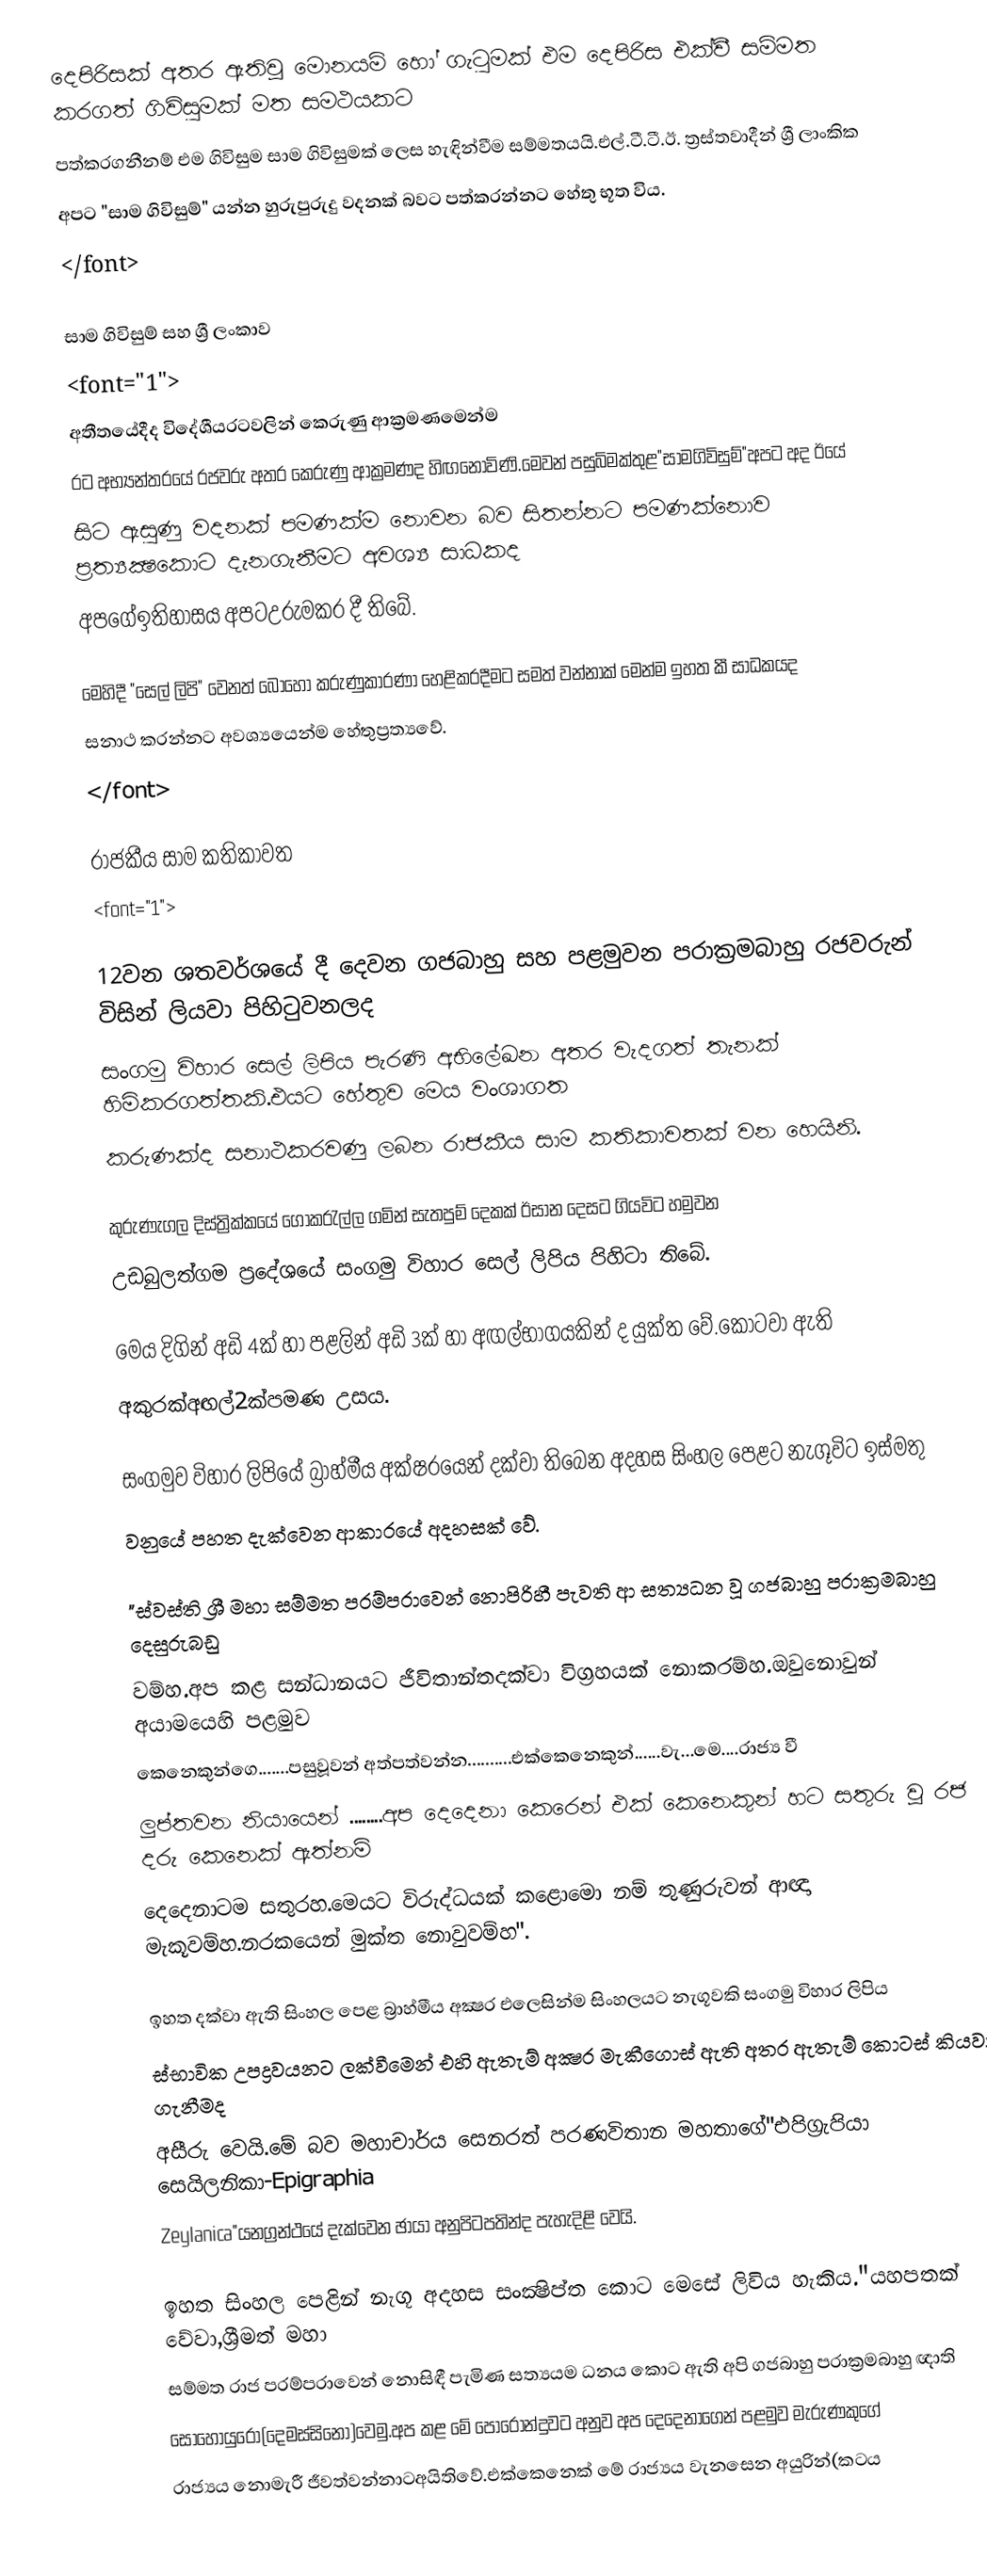
දෙපිරිසක් අතර ඇතිවූ මොනයම් හෝ ගැටුමක් එම දෙපිරිස එක්වී සම්මත කරගත් ගිවිසුමක් මත සමථයකට
පත්කරගනීනම් එම ගිවිසුම සාම ගිවිසුමක් ලෙස හැඳින්වීම සම්මතයයි.එල්.ටී.ටී.ඊ. ත්‍රස්තවාදීන් ශ්‍රී ලාංකික
අපට "සාම ගිවිසුම්" යන්න හුරුපුරුදු  වදනක් බවට පත්කරන්නට හේතු භූත විය.
</font>

සාම ගිවිසුම් සහ ශ්‍රී ලංකාව
<font="1">
අතීතයේදීද විදේශීයරටවලින් කෙරුණු ආක්‍රමණමෙන්ම
රට අභ්‍යන්තරයේ රජවරු අතර කෙරුණු ආක්‍රමණද හිඟනොවිණි.මෙවන් පසුබිමක්තුළ"සාමගිවිසුම්"අපට අද ඊයේ
සිට ඇසුණු වදනක් පමණක්ම නොවන බව සිතන්නට පමණක්නොව ප්‍රත්‍යක්‍ෂකොට දැනගැනීමට අවශ්‍ය සාධකද
අපගේඉතිහාසය අපටඋරුමකර දී තිබේ.

මෙහිදී "සෙල් ලිපි" වෙනත් බොහෝ කරුණුකාරණා හෙළිකරදීමට සමත්  වන්නාක් මෙන්ම ඉහත කී සාධකයද
සනාථ කරන්නට අවශ්‍යයෙන්ම හේතුප්‍රත්‍යවේ.
</font>

රාජකීය සාම කතිකාවත
<font="1">

12වන ශතවර්ශයේ දී දෙවන ගජබාහු සහ පළමුවන පරාක්‍රමබාහු රජවරුන් විසින් ලියවා පිහිටුවනලද
සංගමු විහාර සෙල් ලිපිය පැරණි අභිලේඛන අතර වැදගත් තැනක් හිමිකරගත්තකි.එයට හේතුව මෙය වංශාගත
කරුණක්ද සනාථකරවණු ලබන රාජකීය සාම කතිකාවතක් වන හෙයිනි.

කුරුණැගල දිස්ත්‍රික්කයේ ගොකරැල්ල ගමින් සැතපුම් දෙකක් ඊසාන දෙසට ගියවිට හමුවන
උඩබුලත්ගම ප්‍රදේශයේ සංගමු විහාර සෙල් ලිපිය පිහිටා තිබේ.

මෙය දිගින් අඩි 4ක් හා පළලින් අඩි 3ක් හා අඟල්භාගයකින් ද යුක්ත වේ.කොටවා ඇති
අකුරක්අඟල්2ක්පමණ උසය.

සංගමුව විහාර ලිපියේ බ්‍රාහ්මීය අක්ෂරයෙන් දක්වා තිබෙන අදහස සිංහල පෙළට නැගූවිට ඉස්මතු
වනුයේ පහත දැක්වෙන ආකාරයේ අදහසක් වේ.

"ස්වස්ති ශ්‍රී මහා සම්මත පරම්පරාවෙන් නොපිරිහී පැවති ආ සත්‍යධන වූ ගජබාහු පරාක්‍රමබාහු දෙසුරුබඩු
වම්හ.අප කළ සන්ධානයට ජීවිතාන්තදක්වා විග්‍රහයක් නොකරම්හ.ඔවුනොවුන් අයාමයෙහි පළමුව
කෙනෙකුන්ගෙ.......පසුවූවන් අත්පත්වන්න..........එක්කෙනෙකුන්......වැ...මෙ....රාජ්‍ය වී
ලුප්තවන නියායෙන් ........අප දෙදෙනා කෙරෙන් එක් කෙනෙකුන් හට සතුරු වූ රජ දරු කෙනෙක් ඇත්නම්
දෙදෙනාටම සතුරහ.මෙයට විරුද්ධයක් කළොමො නම් තුණුරුවන් ආඥා මැකූවම්හ.නරකයෙන් මුක්ත නොවුවම්හ".

ඉහත දක්වා ඇති සිංහල පෙළ බ්‍රාහ්මීය අක්‍ෂර එලෙසින්ම සිංහලයට නැගූවකි සංගමු විහාර ලිපිය
ස්භාවික උපද්‍රවයනට ලක්වීමෙන් එහි ඇතැම් අක්‍ෂර මැකීගොස් ඇති අතර ඇතැම් කොටස් කියවා ගැනීමද
අසීරු වෙයි.මේ බව මහාචාර්ය සෙනරත් පරණවිතාන මහතාගේ"එපිග්‍රැපියා සෙයිලනිකා-Epigraphia
Zeylanica"යනග්‍රන්ථයේ දැක්වෙන ඡායා අනුපිටපතින්ද පැහැදිළි වෙයි.

ඉහත සිංහල පෙළින් නැගූ අදහස සංක්‍ෂිප්ත කොට මෙසේ ලිවිය හැකිය."යහපතක් වේවා,ශ්‍රීමත් මහා
සම්මත රාජ පරම්පරාවෙන් නොසිඳී පැමිණ සත්‍යයම ධනය කොට ඇති අපි ගජබාහු පරාක්‍රමබාහු ඥාති
සොහොයුරෝ(දෙමස්සිනෝ)වෙමු.අප කළ මේ පොරොන්දුවට අනුව අප දෙදෙනාගෙන් පළමුව මැරුණකුගේ
රාජ්‍යය නොමැරී ජීවත්වන්නාටඅයිතිවේ.එක්කෙනෙක් මේ රාජ්‍යය වැනසෙන අයුරින්(කටය